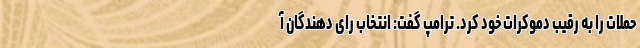
حملات را به رقیب دموکرات خود کرد. ترامپ گفت: انتخاب رای دهندگان آ